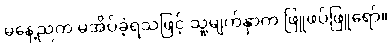
မနေ့ညက မအိပ်ခဲ့ရသဖြင့် သူ့မျက်နှာက ဖြူဖပ်ဖြူရော်။